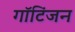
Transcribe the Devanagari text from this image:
गॉटिंजन